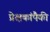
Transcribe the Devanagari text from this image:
प्रेक्षकांपैकी